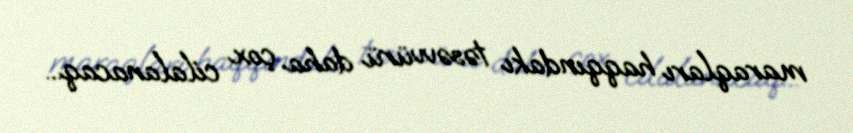
maraqları haqqındakı təsəvvürü daha çox cilalanacaq...